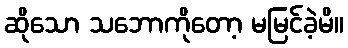
ဆိုသော သဘောကိုတော့ မမြင်ခဲ့မိ။